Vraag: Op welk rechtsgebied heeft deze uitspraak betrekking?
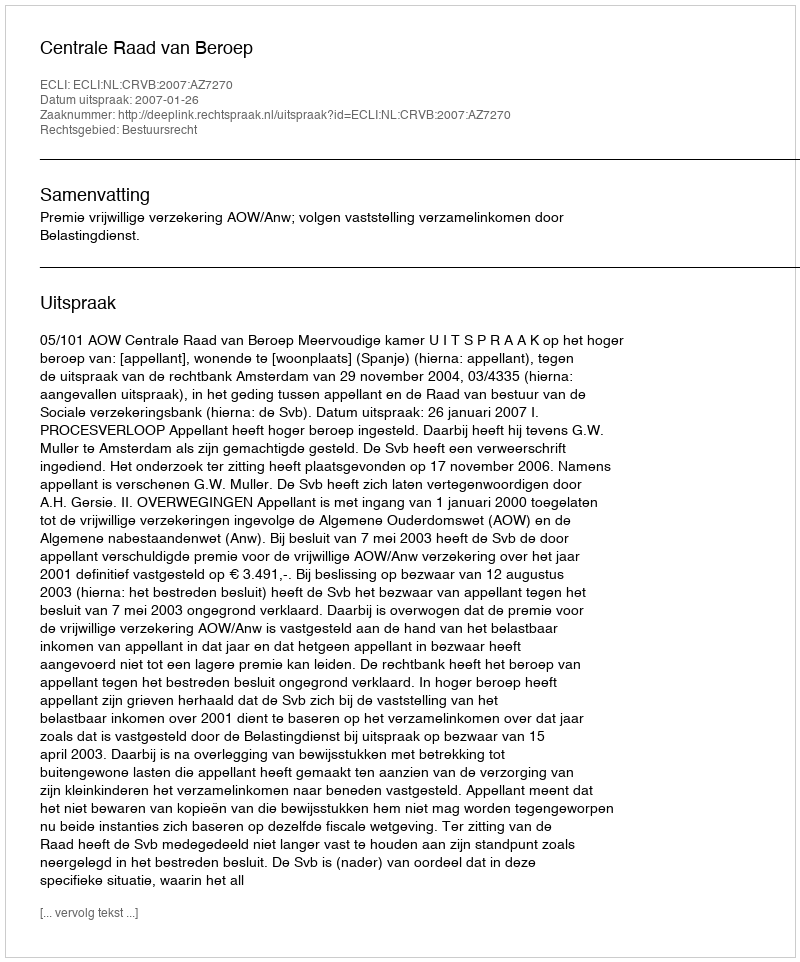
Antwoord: Bestuursrecht